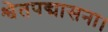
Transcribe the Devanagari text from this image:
श्वेतपद्मासना।